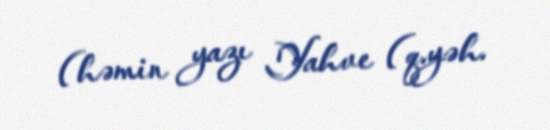
(həmin yazı Yahve (q.yəh.